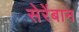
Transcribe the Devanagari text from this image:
सेरेंबान